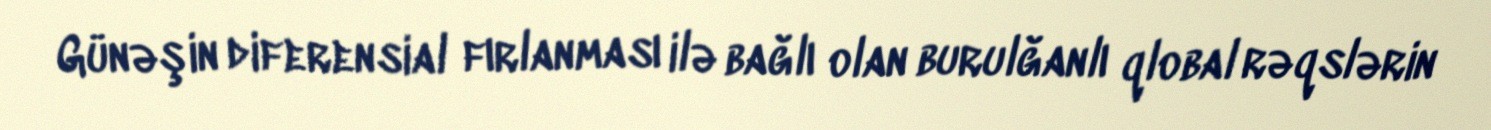
Günəşin diferensial fırlanması ilə bağlı olan burulğanlı qlobal rəqslərin